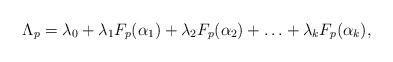
LaTeX: \begin{align*} \Lambda_p=\lambda_0+\lambda_1F_p(\alpha_1)+\lambda_2F_p(\alpha_2)+\ldots+\lambda_kF_p(\alpha_k),\end{align*}